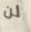
لن